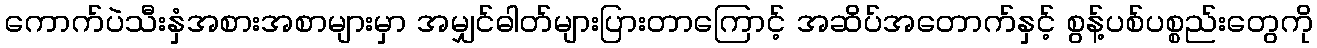
ကောက်ပဲသီးနှံအစားအစာများမှာ အမျှင်ဓါတ်များပြားတာကြောင့် အဆိပ်အတောက်နှင့် စွန့်ပစ်ပစ္စည်းတွေကို